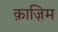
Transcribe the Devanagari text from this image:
क़ाज़िम